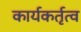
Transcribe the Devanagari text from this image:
कार्यकर्तृत्व